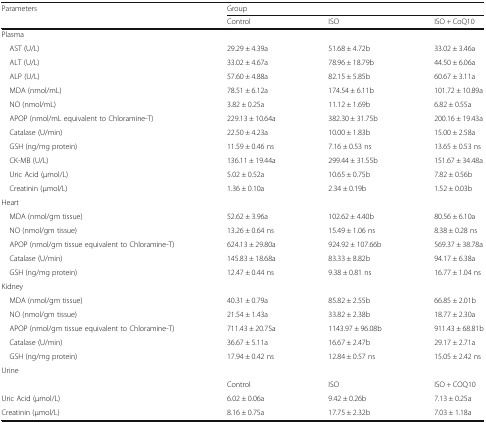
<table><thead><tr><td rowspan="2"><b>Parameters</b></td><td colspan="3"><b>Group</b></td></tr><tr><td><b>Control</b></td><td><b>ISO</b></td><td><b>ISO + CoQ10</b></td></tr></thead><tbody><tr><td colspan="4">Plasma</td></tr><tr><td> AST (U/L)</td><td>29.29 ± 4.39a</td><td>51.68 ± 4.72b</td><td>33.02 ± 3.46a</td></tr><tr><td> ALT (U/L)</td><td>33.02 ± 4.67a</td><td>78.96 ± 18.79b</td><td>44.50 ± 6.06a</td></tr><tr><td> ALP (U/L)</td><td>57.60 ± 4.88a</td><td>82.15 ± 5.85b</td><td>60.67 ± 3.11a</td></tr><tr><td> MDA (nmol/mL)</td><td>78.51 ± 6.12a</td><td>174.54 ± 6.11b</td><td>101.72 ± 10.89a</td></tr><tr><td> NO (nmol/mL)</td><td>3.82 ± 0.25a</td><td>11.12 ± 1.69b</td><td>6.82 ± 0.55a</td></tr><tr><td> APOP (nmol/mL equivalent to Chloramine-T)</td><td>229.13 ± 10.64a</td><td>382.30 ± 31.75b</td><td>200.16 ± 19.43a</td></tr><tr><td> Catalase (U/min)</td><td>22.50 ± 4.23a</td><td>10.00 ± 1.83b</td><td>15.00 ± 2.58a</td></tr><tr><td> GSH (ng/mg protein)</td><td>11.59 ± 0.46 ns</td><td>7.16 ± 0.53 ns</td><td>13.65 ± 0.53 ns</td></tr><tr><td> CK-MB (U/L)</td><td>136.11 ± 19.44a</td><td>299.44 ± 31.55b</td><td>151.67 ± 34.48a</td></tr><tr><td> Uric Acid (μmol/L)</td><td>5.02 ± 0.52a</td><td>10.65 ± 0.75b</td><td>7.82 ± 0.56b</td></tr><tr><td> Creatinin (μmol/L)</td><td>1.36 ± 0.10a</td><td>2.34 ± 0.19b</td><td>1.52 ± 0.03b</td></tr><tr><td colspan="4">Heart</td></tr><tr><td> MDA (nmol/gm tissue)</td><td>52.62 ± 3.96a</td><td>102.62 ± 4.40b</td><td>80.56 ± 6.10a</td></tr><tr><td> NO (nmol/gm tissue)</td><td>13.26 ± 0.64 ns</td><td>15.49 ± 1.06 ns</td><td>8.38 ± 0.28 ns</td></tr><tr><td> APOP (nmol/gm tissue equivalent to Chloramine-T)</td><td>624.13 ± 29.80a</td><td>924.92 ± 107.66b</td><td>569.37 ± 38.78a</td></tr><tr><td> Catalase (U/min)</td><td>145.83 ± 18.68a</td><td>83.33 ± 8.82b</td><td>94.17 ± 6.38a</td></tr><tr><td> GSH (ng/mg protein)</td><td>12.47 ± 0.44 ns</td><td>9.38 ± 0.81 ns</td><td>16.77 ± 1.04 ns</td></tr><tr><td colspan="4">Kidney</td></tr><tr><td> MDA (nmol/gm tissue)</td><td>40.31 ± 0.79a</td><td>85.82 ± 2.55b</td><td>66.85 ± 2.01b</td></tr><tr><td> NO (nmol/gm tissue)</td><td>21.54 ± 1.43a</td><td>33.82 ± 2.38b</td><td>18.77 ± 2.30a</td></tr><tr><td> APOP (nmol/gm tissue equivalent to Chloramine-T)</td><td>711.43 ± 20.75a</td><td>1143.97 ± 96.08b</td><td>911.43 ± 68.81b</td></tr><tr><td> Catalase (U/min)</td><td>36.67 ± 5.11a</td><td>16.67 ± 2.47b</td><td>29.17 ± 2.71a</td></tr><tr><td> GSH (ng/mg protein)</td><td>17.94 ± 0.42 ns</td><td>12.84 ± 0.57 ns</td><td>15.05 ± 2.42 ns</td></tr><tr><td colspan="4">Urine</td></tr><tr><td></td><td>Control</td><td>ISO</td><td>ISO + COQ10</td></tr><tr><td>Uric Acid (μmol/L)</td><td>6.02 ± 0.06a</td><td>9.42 ± 0.26b</td><td>7.13 ± 0.25a</td></tr><tr><td>Creatinin (μmol/L)</td><td>8.16 ± 0.75a</td><td>17.75 ± 2.32b</td><td>7.03 ± 1.18a</td></tr></tbody></table>